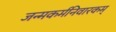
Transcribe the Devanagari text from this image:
जन्मकर्मनिवारकम्